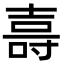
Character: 𭐖